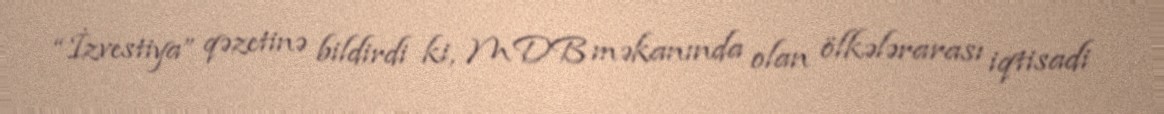
“İzvestiya” qəzetinə bildirdi ki, MDB məkanında olan ölkələrarası iqtisadi